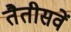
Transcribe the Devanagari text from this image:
तैतीसवें